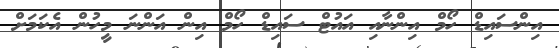
އިންސައިޑް ހޯމް އިންނާއި އައުޓް ސައިޑް ހޯމް އިން އަންނަ މީހުން އެކަމަށް